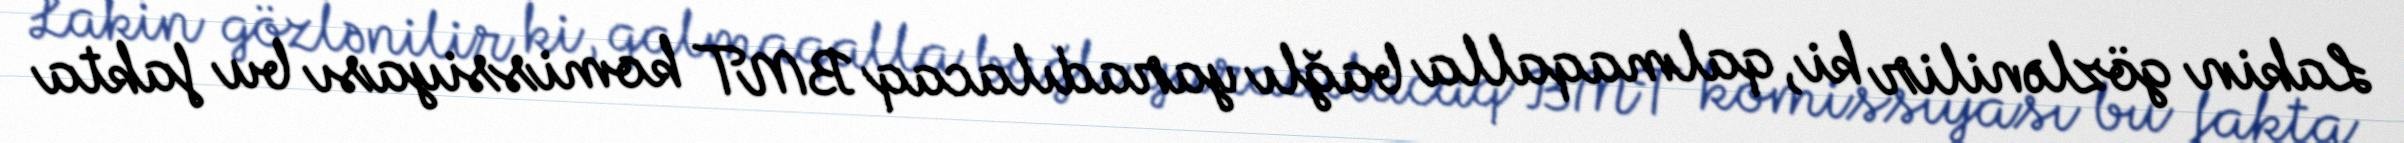
Lakin gözlənilir ki, qalmaqalla bağlı yaradılacaq BMT komissiyası bu fakta